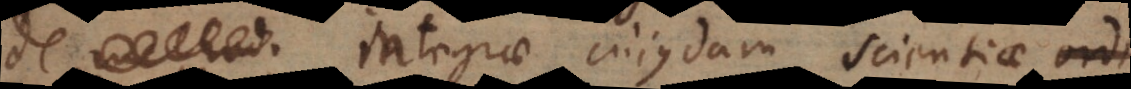
hodo integrae cujusdam scientiae ordi